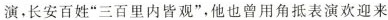
演，长安百姓”三百里内皆观”，他也曾用角抵表演欢迎来